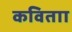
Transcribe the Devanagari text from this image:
कविताा